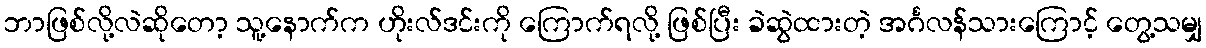
ဘာဖြစ်လို့လဲဆိုတော့ သူ့နောက်က ဟိုးလ်ဒင်းကို ကြောက်ရလို့ ဖြစ်ပြီး ခဲဆွဲထားတဲ့ အင်္ဂလန်သားကြောင့် တွေ့သမျှ